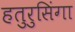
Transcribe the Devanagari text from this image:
हतुरुसिंगा